Bréfritari: Andrés Guðmundsson
Viðtakandi: Einar Friðgeirsson
Dagsetning: A-1898-12-16
Skrifað á: Hvassafelli  Mýr.

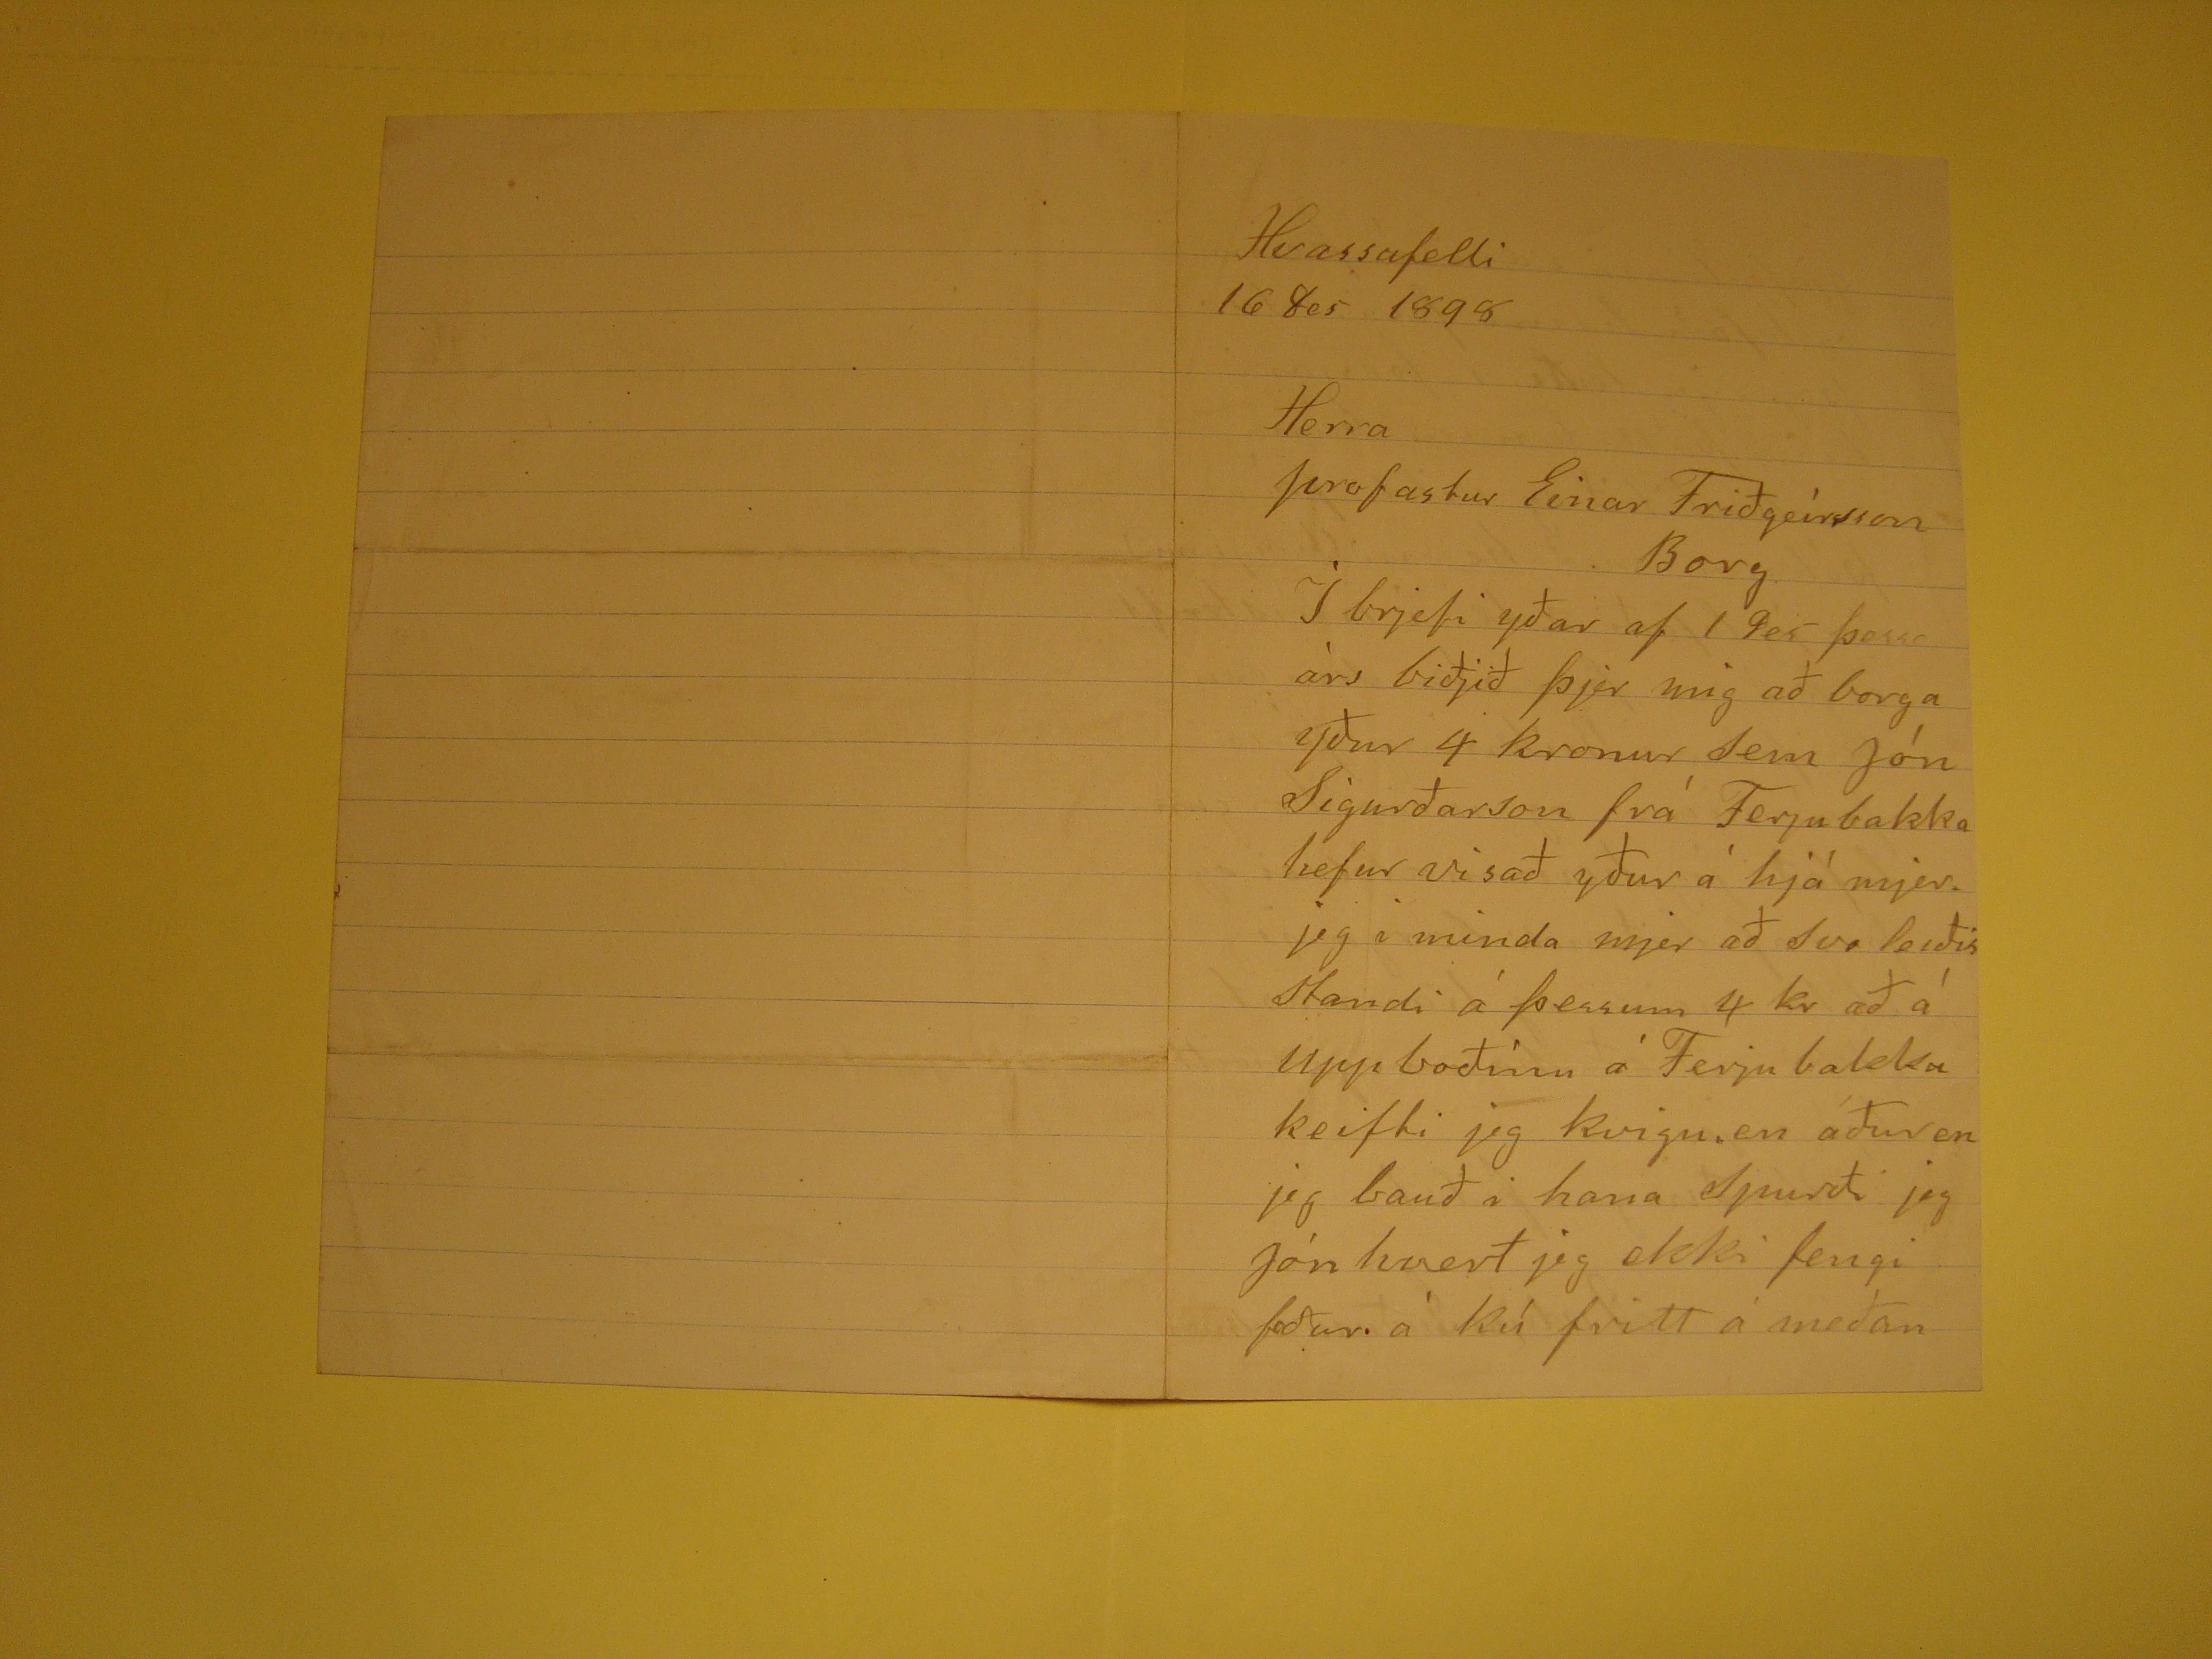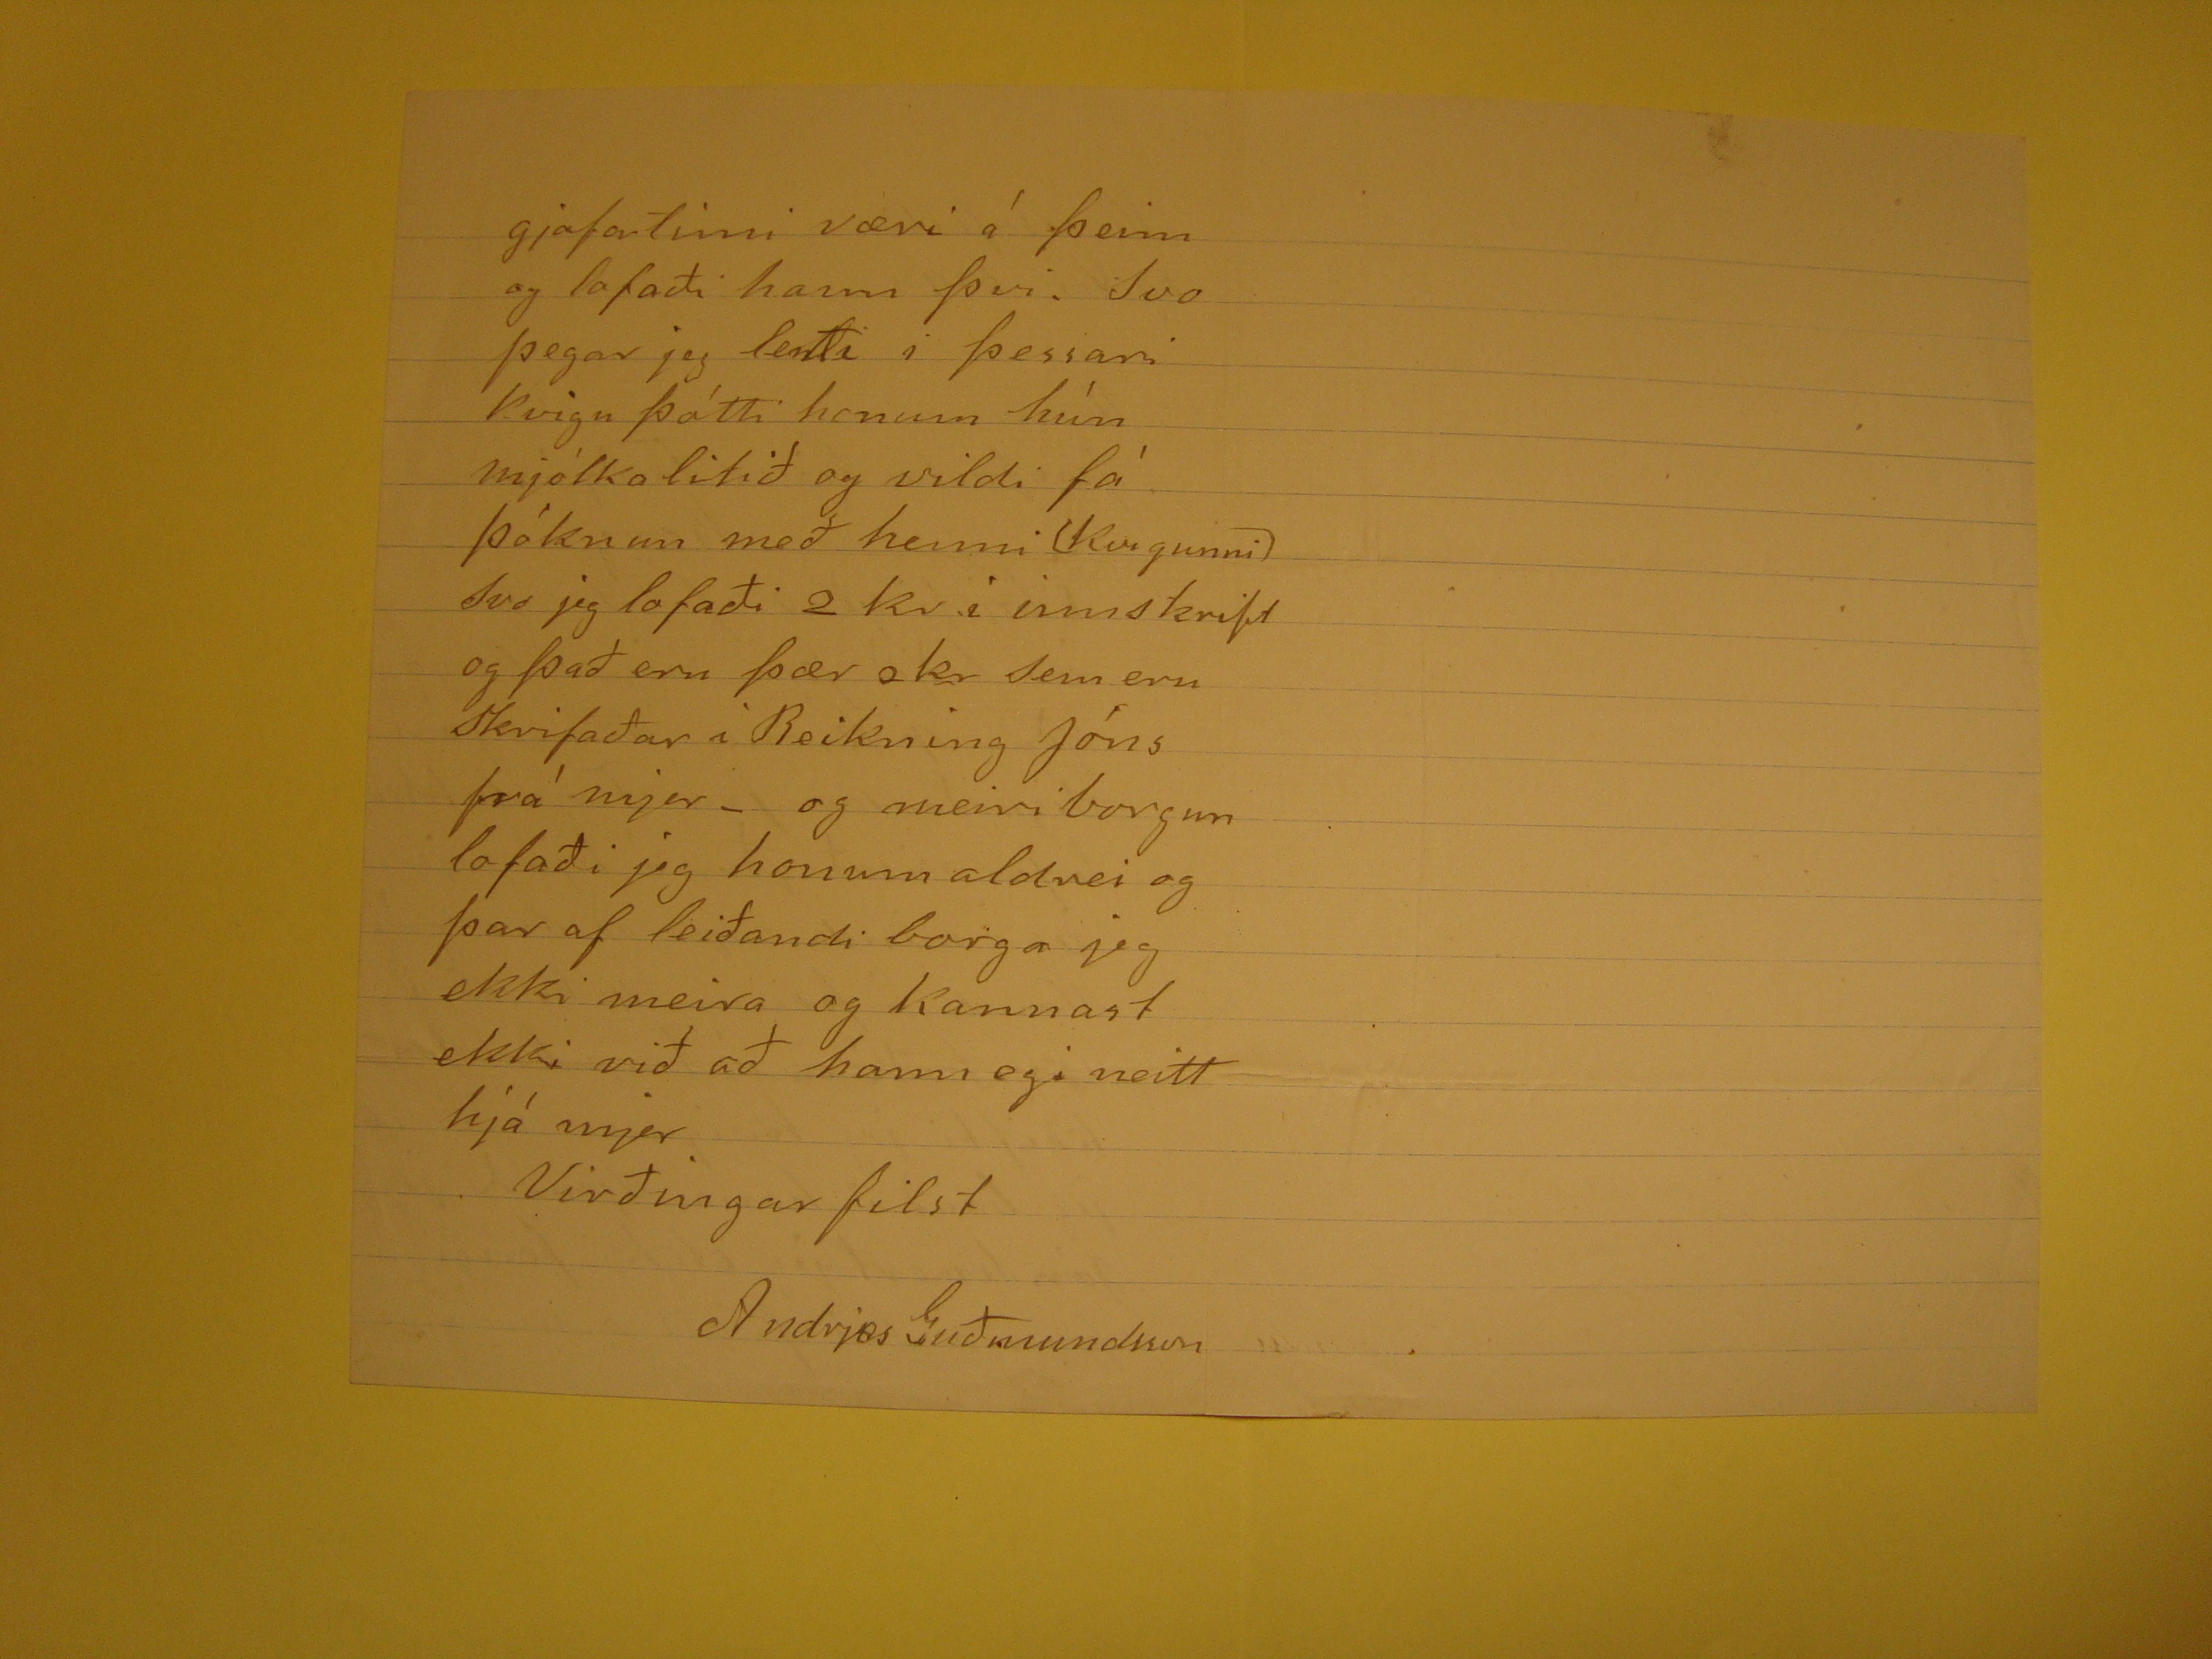

Hvassafelli
16 des 1898
Herra
profastur Einar Friðgeirsson
Borg
Í brjefi yðar af 1 Des þessa árs biðjið þjer mig að borga yður 4 kronur sem Jón Sigurðarson frá Ferjubakka hefur visað yður á hjá mjer. jeg i minda mjer að svo leiðis
standi á þessum 4 kr að á upp boðinu á Ferju bakka keifti jeg kvigu, en áður en jeg bauð i hana Spurði jeg Jón hvert jeg ekki fengi foður á kú fritt á meðan
gjafartimi væri á þeim og lofaði hann þvi. Svo þegar jeg lenti á þessari kvigu þótti honum hún mjólka litið og vildi fá þóknun með henni (kvigunni) Svo jeg lofaði
2 kr i innskrift og það eru þær 2 kr sem eru skrifaðar i REikning Jóns frá mjer - og meiri borgun lofaði jeg honum aldrei og þar af leiðandi borga jeg ekki meira og
kannast ekki við að hann egi neitt hjá mjer
Virðingarfilst
Andrjes Guðmundsson